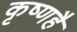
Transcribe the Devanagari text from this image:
कृष्णहै